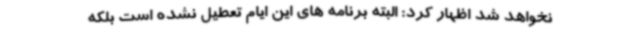
نخواهد شد اظهار کرد: البته برنامه های این ایام تعطیل نشده است بلکه